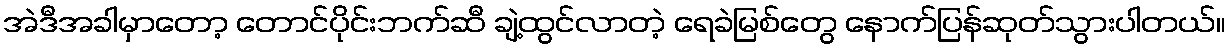
အဲဒီအခါမှာတော့ တောင်ပိုင်းဘက်ဆီ ချဲ့ထွင်လာတဲ့ ရေခဲမြစ်တွေ နောက်ပြန်ဆုတ်သွားပါတယ်။